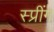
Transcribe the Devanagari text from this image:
स्प्रींग